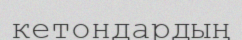
кетондардың